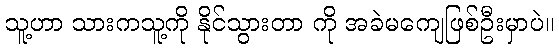
သူ့ဟာ သားကသူ့ကို နိုင်သွားတာ ကို အခဲမကျေဖြစ်ဦးမှာပဲ။